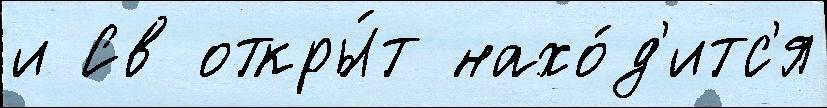
и Св откры́т нахо́д'итс'я